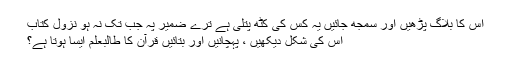
اس کا بلاگ پڑھیں اور سمجھ جائیں یہ کس کی کٹھ پتلی ہے ترے ضمیر پہ جب تک نہ ہو نزول کتاب
اس کی شکل دیکھیں ، پہچانیں اور بتائیں قرآن کا طالبعلم ایسا ہوتا ہے؟